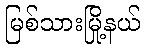
မြစ်သားမြို့နယ်